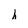
Character: h